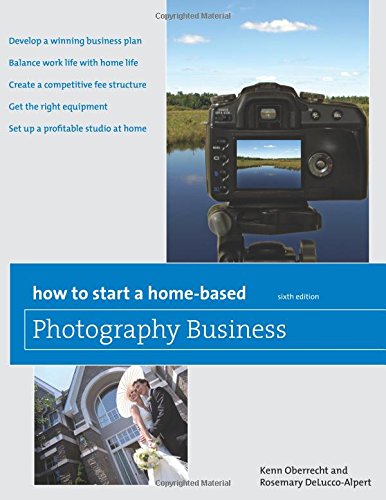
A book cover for How to Start a Home-Based Photography Business (Home-Based Business Series); Kenn Oberrecht; Arts & Photography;